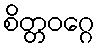
စိတ္တဝဂ္ဂေ